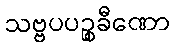
သဗ္ဗပပဉ္စခီဏော